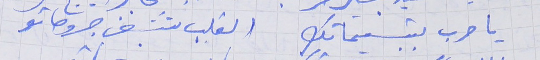
يا حرب بتبسيماتك     القلب تشفى جروحاتو